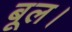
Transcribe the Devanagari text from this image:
बूल।